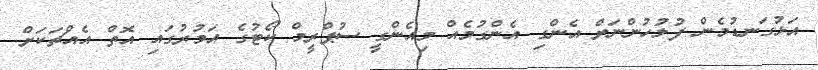
އަޅުގަނޑުމެން ފުލުހުންނަށް އެންގި އެންގުމެއް މިއެންގީ ސުޕްރީމް ކޯޓުގެ އަމުރުގައި އޮތް އެއްޗަކަށް